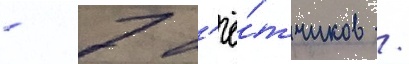
- 7 л'ё́тчиков /